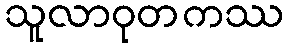
သူလာဝုတကဿ